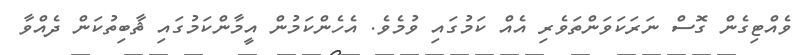
ވެއްޓިގެން ގޮސް ނަރަކަވަންތަވެރި އެއް ކަމުގައި ވުމެވެ. އެހެންކަމުން އީމާންކަމުގައި ޘާބިތުކަން ދެއްވާ